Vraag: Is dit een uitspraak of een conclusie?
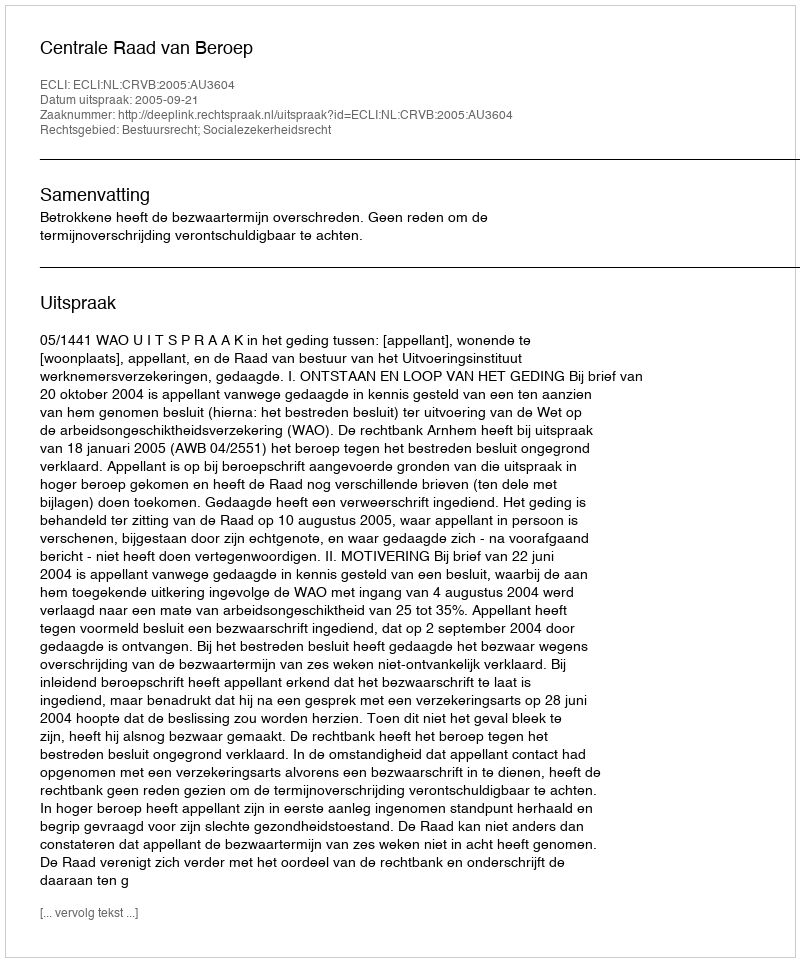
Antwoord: Uitspraak